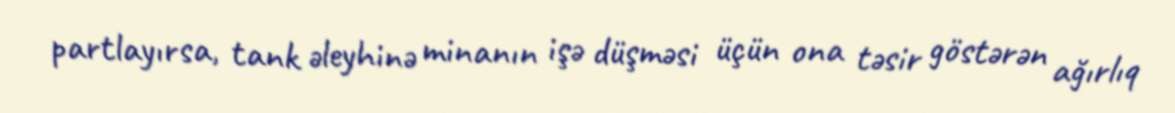
partlayırsa, tank əleyhinə minanın işə düşməsi üçün ona təsir göstərən ağırlıq